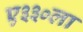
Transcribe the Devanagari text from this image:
ए३३०ला